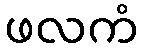
ဖလကံ